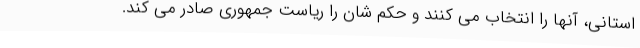
استانی، آنها را انتخاب می کنند و حکم شان را ریاست جمهوری صادر می کند.